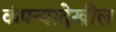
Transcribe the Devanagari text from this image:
कंपन्यादेखील